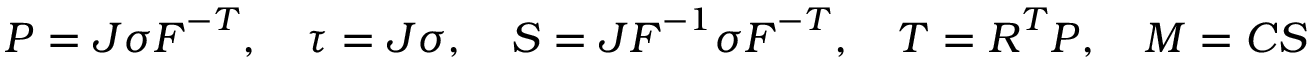
{ \boldsymbol { P } } = J { \boldsymbol { \sigma } } { \boldsymbol { F } } ^ { - T } , \quad { \boldsymbol { \tau } } = J { \boldsymbol { \sigma } } , \quad { \boldsymbol { S } } = J { \boldsymbol { F } } ^ { - 1 } { \boldsymbol { \sigma } } { \boldsymbol { F } } ^ { - T } , \quad { \boldsymbol { T } } = { \boldsymbol { R } } ^ { T } { \boldsymbol { P } } , \quad { \boldsymbol { M } } = { \boldsymbol { C } } { \boldsymbol { S } }